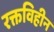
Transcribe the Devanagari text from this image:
रक्तविहीन